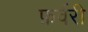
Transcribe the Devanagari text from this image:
फ़र्वरी